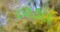
૦૨૭૬૬